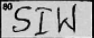
Transcription: SIW